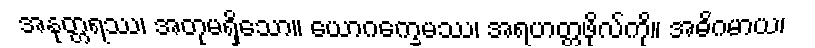
အနုတ္တရဿ၊ အတုမရှိသော။ ယောဂက္ခေမဿ၊ အရဟတ္တဖိုလ်ကို။ အဓိဂမာယ၊